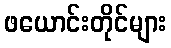
ဖယောင်းတိုင်များ